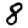
Digit: 8